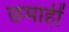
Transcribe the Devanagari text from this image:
छमाहीं